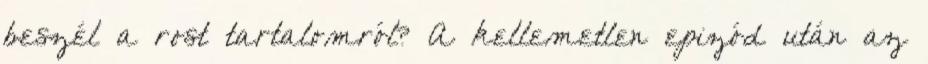
beszél a rost tartalomról? A kellemetlen epizód után az